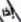
إذا